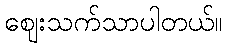
ဈေးသက်သာပါတယ်။